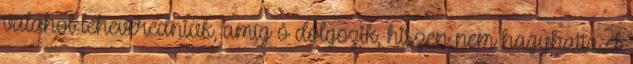
valahol leheveredniük, amíg ő dolgozik, hiszen nem hagyhatta el